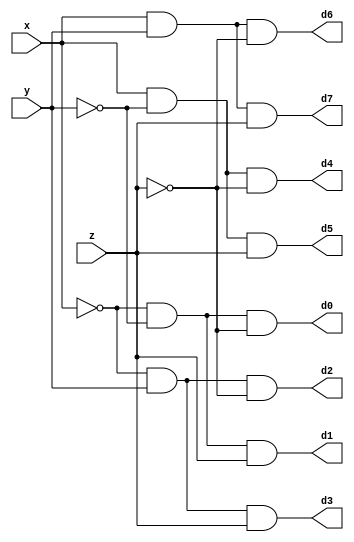
module DECODER(d0,d1,d2,d3,d4,d5,d6,d7,x,y,z);
	input x,y,z;
	output d0,d1,d2,d3,d4,d5,d6,d7;
	wire x0,y0,z0;
	not n1(x0,x);
	not n2(y0,y);
	not n3(z0,z);
	and a0(d0,x0,y0,z0);
	and a1(d1,x0,y0,z);
	and a2(d2,x0,y,z0);
	and a3(d3,x0,y,z);
	and a4(d4,x,y0,z0);
	and a5(d5,x,y0,z);
	and a6(d6,x,y,z0);
	and a7(d7,x,y,z);
endmodule

module FADDER(s,c,x,y,z);
	input x,y,z;
	wire d0,d1,d2,d3,d4,d5,d6,d7;
	output s,c;
	DECODER dec(d0,d1,d2,d3,d4,d5,d6,d7,x,y,z);
	assign s = d1 | d2 | d4 | d7,
	c = d3 | d5 | d6 | d7;
endmodule

// module testbench_fadder;
// 	 reg x,y,z;
// 	 wire s,c;
// 	 FADDER fl(s,c,x,y,z);
// 	 initial
// 	 $monitor(,$time,"x=%b,y=%b,z=%b,s=%b,c=%b",x,y,z,s,c);
// 	 initial
// 	 begin
// 	 #0 x=1'b0;y=1'b0;z=1'b0;
// 	 #4 x=1'b1;y=1'b0;z=1'b0;
// 	 #4 x=1'b0;y=1'b1;z=1'b0;
// 	 #4 x=1'b1;y=1'b1;z=1'b0;
// 	 #4 x=1'b0;y=1'b0;z=1'b1;
// 	 #4 x=1'b1;y=1'b0;z=1'b1;
// 	 #4 x=1'b0;y=1'b1;z=1'b1;
// 	 #4 x=1'b1;y=1'b1;z=1'b1;
// 	 end
// endmodule


//Comparator 
 
module signa(neg,A);  
//this module is used to get the sign of an input 4-digit number   
	input  [3:0] A;   
	output neg; 
	reg neg; 
	
	always @ (A) 
		if (A[3] == 1) 
	begin    
	neg =1; 
	end 
	else 
	neg =0; 
 
endmodule 
//***************************************************************
module compar(A,B,CMP1, CMP2,CMP3);   
//This module implement the compare code for input of two 3-digit numbers using signa(). 
input  [3:0] A;   
input  [3:0] B;   
output CMP1,CMP2,CMP3;
wire signA,signB;
reg CMP1,CMP2,CMP3;  
signa forA(signA,A); 
signa forB(signB,B); 
 
always  @  (A  or  B  or  signA  or  signB)//  performs  check  for  four different cases 
   
if(signA==1 && signB==0) 
begin 
 	CMP1 = 0; 
    CMP2 = 0; 
    CMP3 = 1; 
end 
  
 else if(signA==0 && signB==1) 
  begin       
 CMP1 = 1; 
    CMP2 = 0; 
    CMP3 = 0; 
 end    
  
 else if (A > B  ) 
    begin       
  CMP1 = 1; 
        CMP2 = 0; 
        CMP3 = 0; 
   end    
  
  else if (A == B) 
  begin       
  CMP1 = 0; 
        CMP2 = 1; 
        CMP3 = 0; 
   end    
  
  else 
  begin       
  CMP1 = 0; 
        CMP2 = 0; 
        CMP3 = 1; 
   end    
  endmodule  
//*************************************************************** 
module testbench; 
//This module tests the functionality of compare() module 
 reg Input,Clk; 
 wire Out; 
 reg [3:0] A; 
 wire a,b,c,OutA,OutB,CMP1,CMP2,CMP3; 
 reg [3:0] B; 
  
     initial 
      begin 
  A=4'b0000;//input1 
  B=4'b0000;//input2 
 end 
  
initial 
 begin 
  #1 A=-8;B=-5; 
  #1 A=2; B=7; 
  #1 A=5; B=-1; 
end   
 compar c1(A,B,CMP1,CMP2,CMP3);  //make an instance of compar() 
initial  
 begin 
$monitor($time,"A=%b, B=%b AgrB=%b, AeqB=%b, AltB=%b",A,B,CMP1,CMP2,CMP3); 
end 
  
initial 
 begin 
 #5 $finish; 
end  
endmodule